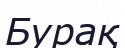
Бурақ